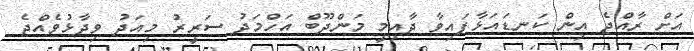
އަށް ރާއްޖެ އިން ކަނޑައަޅާފައިވާ ދާއިމީ މަންދޫބް އަހްމަދު ސަރީރު މިއަދު ވިދާޅުވެއްޖެ